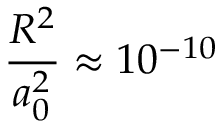
\frac { R ^ { 2 } } { a _ { 0 } ^ { 2 } } \approx 1 0 ^ { - 1 0 }